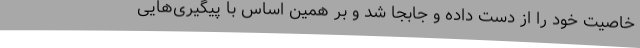
خاصیت خود را از دست داده و جابجا شد و بر همین اساس با پیگیری‌هایی